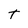
Character: t